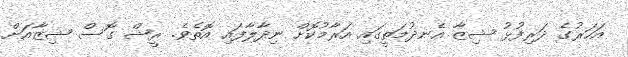
އަހަރުގެ ދަރިފުޅު ޝިޒާ އެނދުމަތީގައި އަރާމުކޮށް ނިދާލާފައި އޮތެވެ. ރީޝް ގޮސް ޝިޒާއަށް